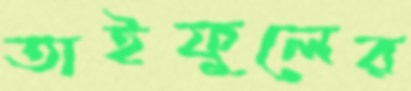
তাইফুলের